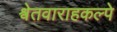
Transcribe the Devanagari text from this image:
श्वेतवाराहकल्पे